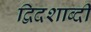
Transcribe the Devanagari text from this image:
द्विदशाब्दी